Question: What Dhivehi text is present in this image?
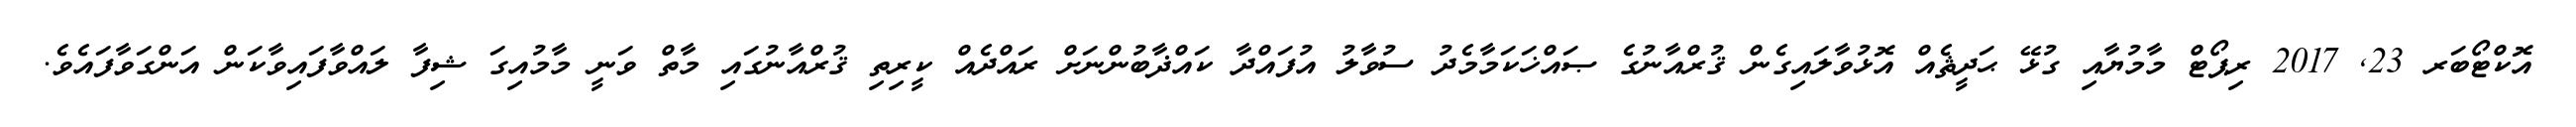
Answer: އޮކްޓޯބަރ 23, 2017 ރިޕޯޓް މާމުޔާއި ގުޅޭ ޙަދީޘެއް އޮޅުވާލައިގެން ޤުރްއާނުގެ ޞައްޚަކަމާމެދު ސުވާލު އުފައްދާ ކައްޛާބުންނަށް ރައްދެއް ކީރިތި ޤުރްއާނުގައި މާތް ވަނީ މާމުއިގަ ޝިފާ ލައްވާފައިވާކަން އަންގަވާފައެވެ.